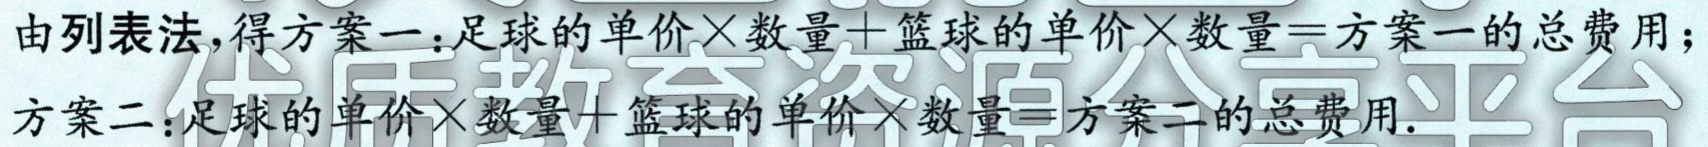
由列表法，得方案一：足球的单价×数量+篮球的单价×数量=方案一的总费用；

方案二：足球的单价×数量+篮球的单价×数量=方案二的总费用.